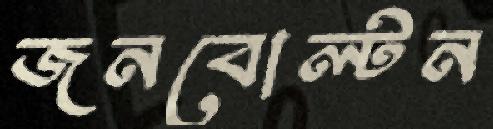
জনবোল্টন